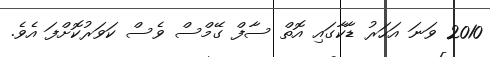
2010 ވަނަ އަހަރު ޑާކާގައި އޮތް ސާފް ގޭމްސް ވެސް ކަވަރުކޮށްފަ އެވެ.